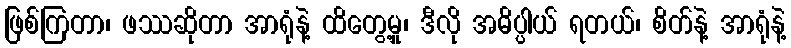
ဖြစ်ကြတာ၊ ဖဿဆိုတာ အာရုံနဲ့ ထိတွေ့မှု၊ ဒီလို အဓိပ္ပါယ် ရတယ်၊ စိတ်နဲ့ အာရုံနဲ့